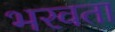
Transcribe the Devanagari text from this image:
भरवता